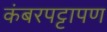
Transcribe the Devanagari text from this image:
कंबरपट्टापण